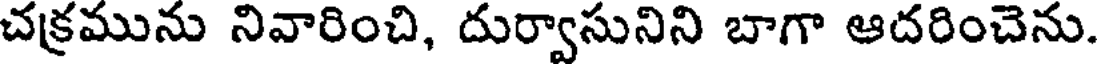
చక్రమును నివారించి, దుర్వాసునిని బాగా ఆదరించెను.